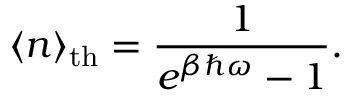
\langle n \rangle _ { \mathrm { t h } } = { \frac { 1 } { e ^ { \beta \hbar \omega } - 1 } } .